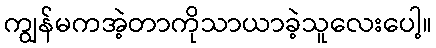
ကျွန်မကအဲ့တာကိုသာယာခဲ့သူလေးပေါ့။